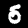
Label: 5